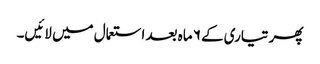
پھر تیاری کے ۶ ماہ بعد استعمال میں لائیں۔